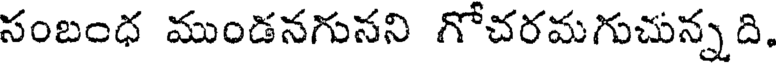
సంబంధ ముండనగునని గోచరమగుచున్న ది,